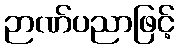
ဉာဏ်ပညာဖြင့်